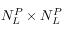
N _ { L } ^ { P } \times N _ { L } ^ { P }